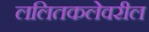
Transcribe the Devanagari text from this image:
ललितकलेवरील